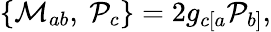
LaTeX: \{ {\cal M}_{ab},\ {\cal P}_{c}\} =2g_{c[a}{\cal P}_{b]},